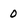
Character: 0